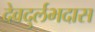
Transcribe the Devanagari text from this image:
देवदुर्लभदास